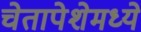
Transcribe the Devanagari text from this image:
चेतापेशेमध्ये